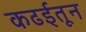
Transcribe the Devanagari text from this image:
कढईतून